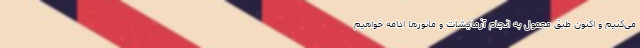
می‌کنیم و اکنون طبق معمول به انجام آزمایشات و مانورها ادامه خواهیم